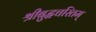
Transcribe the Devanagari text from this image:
श्रीबुद्धचरितम्